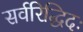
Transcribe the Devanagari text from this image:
सर्वरिद्धिदः